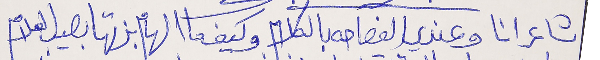
شاعر انا وعندي الفصاحه بالكلام وكيف ما الهام بزتها بصيب العلام